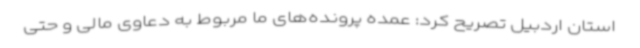
استان اردبیل تصریح کرد: عمده پرونده‌های ما مربوط به دعاوی مالی و حتی